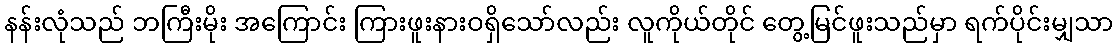
နန်းလုံသည် ဘကြီးမိုး အကြောင်း ကြားဖူးနားဝရှိသော်လည်း လူကိုယ်တိုင် တွေ့မြင်ဖူးသည်မှာ ရက်ပိုင်းမျှသာ